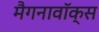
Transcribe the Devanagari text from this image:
मैगनावॉक्स